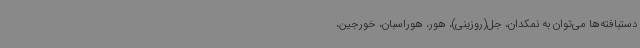
دستبافته‌ها می‌توان به نمکدان، جل(روزینی)، هور، هوراسبان، خورجین،